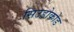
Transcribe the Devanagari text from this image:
सिउडोकोड